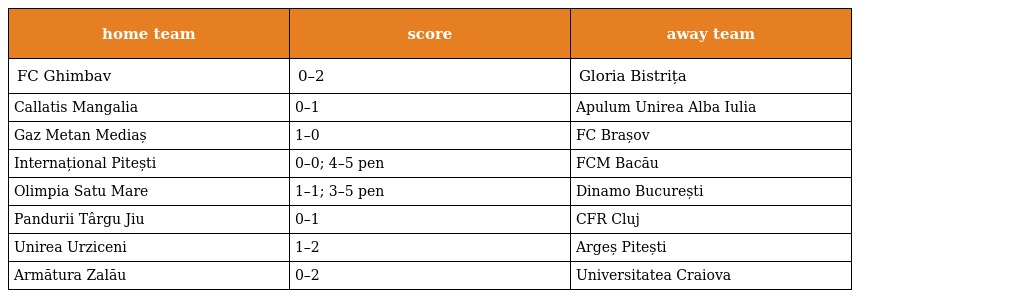
| home team | score | away team |
 | --- | --- | --- |
 | FC Ghimbav | 0–2 | Gloria Bistrița |
 | Callatis Mangalia | 0–1 | Apulum Unirea Alba Iulia |
 | Gaz Metan Mediaș | 1–0 | FC Brașov |
 | Internațional Pitești | 0–0; 4–5 pen | FCM Bacău |
 | Olimpia Satu Mare | 1–1; 3–5 pen | Dinamo București |
 | Pandurii Târgu Jiu | 0–1 | CFR Cluj |
 | Unirea Urziceni | 1–2 | Argeș Pitești |
 | Armătura Zalău | 0–2 | Universitatea Craiova |